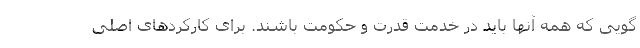
گویی كه همه آنها باید در خدمت قدرت و حكومت باشند. برای كاركردهای اصلی